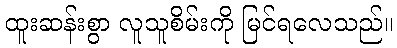
ထူးဆန်းစွာ လူသူစိမ်းကို မြင်ရလေသည်။